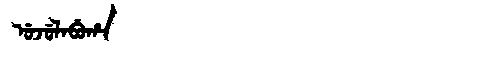
Manchu: ᡠᠵᡠᠯᠠᠪᡠᡥᠠ
Romanization: UJULABUHA